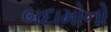
બદામોનો